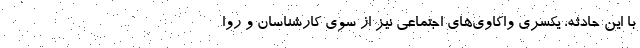
با این حادثه، یکسری واکاوی‌های اجتماعی نیز از سوی کارشناسان و روا